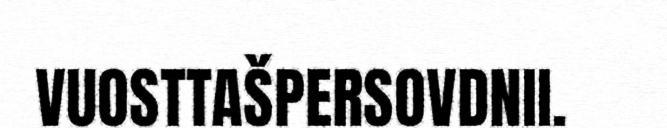
VUOSTTAŠPERSOVDNII.